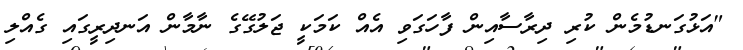
"އަޅުގަނޑުމެން ކުރި ދިރާސާއިން ފާހަގަވި އެއް ކަމަކީ ޖަލުގޭގެ ނާމާން އަނދިރީގައި ގެއްލި